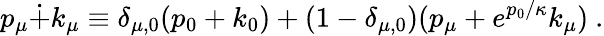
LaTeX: p_{\mu}\dot{+}k_{\mu}\equiv\delta_{\mu,0}(p_{0}+k_{0})+(1-\delta_{\mu,0})(p_{\mu}+e^{p_{0}/\kappa}k_{\mu})~.